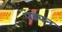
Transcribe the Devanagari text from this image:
पंड्यन